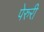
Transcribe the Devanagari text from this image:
पेरुरी